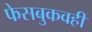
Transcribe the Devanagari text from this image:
फेसबुकवही